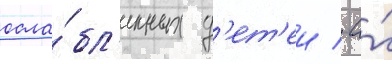
осла́бл'енных д'ет'еи / а́